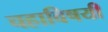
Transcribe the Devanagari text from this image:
चहाविषयी